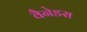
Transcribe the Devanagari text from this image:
वैनेडस